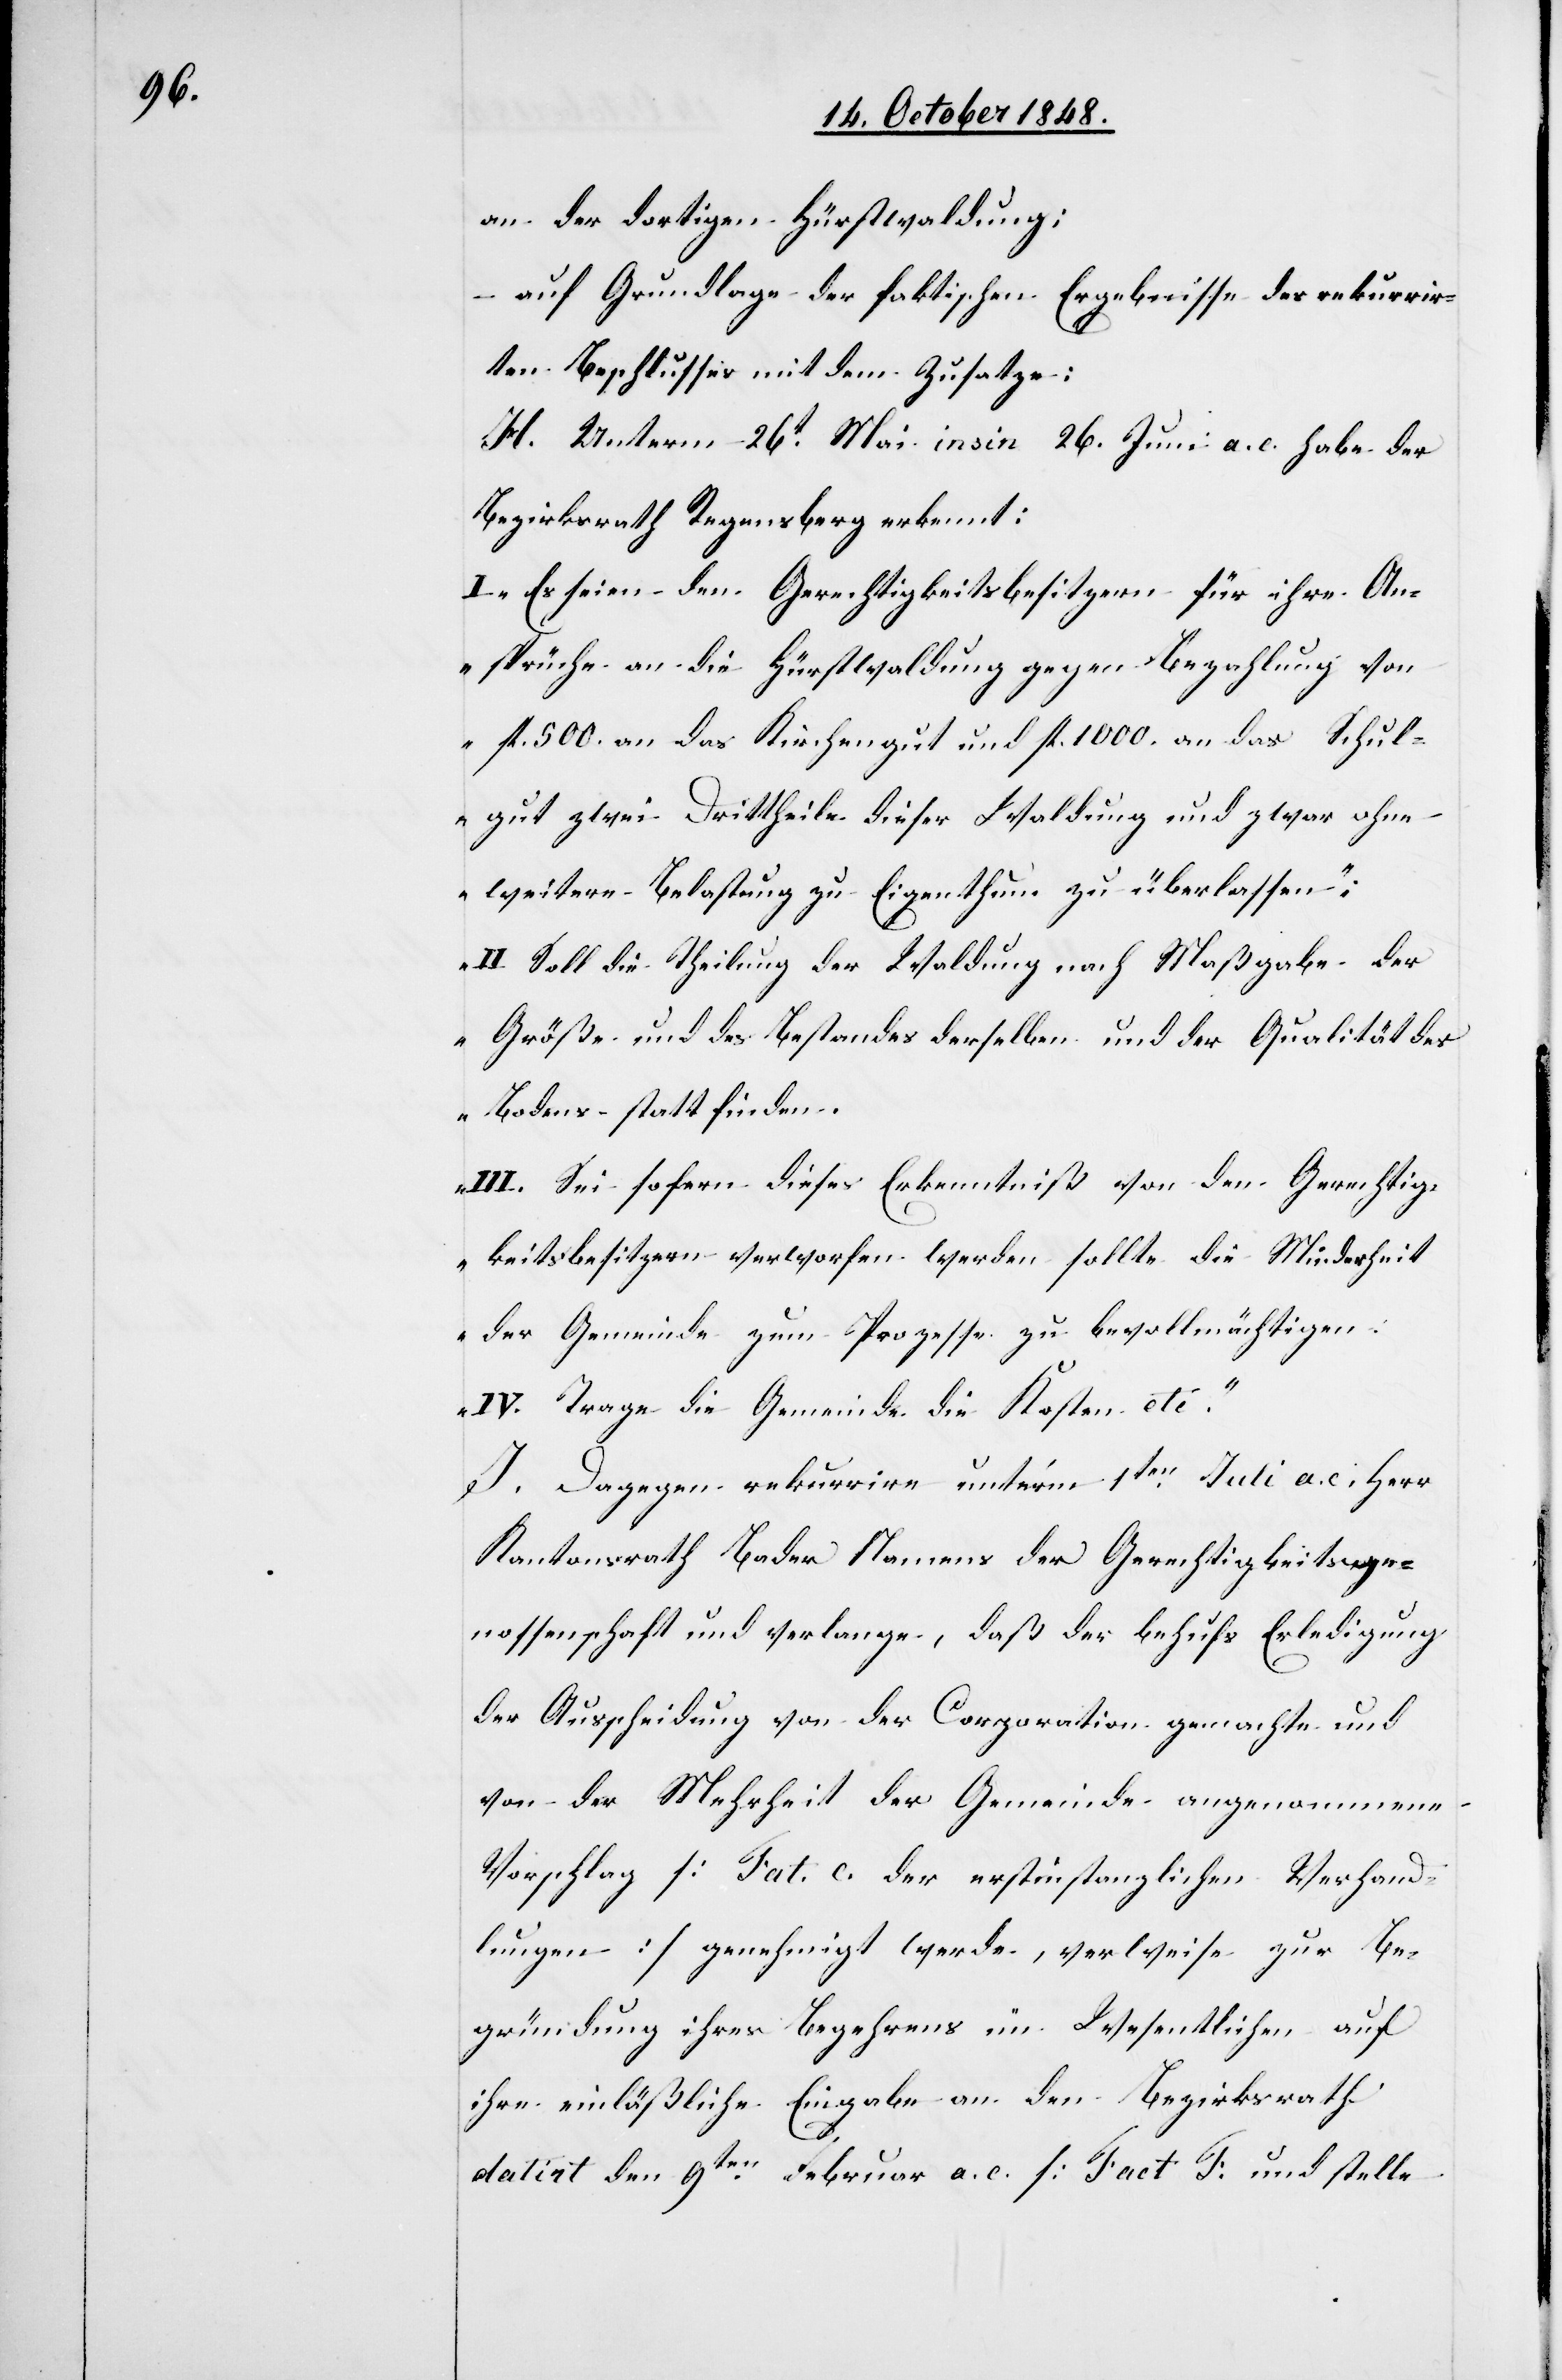
an der dortigen Hürstwaldung:
auf Grundlage der faktischen Ergebnisse des rekurrir¬
ten Beschlusses mit dem Zusatze:
H. Unterm 26t Mai insin 26. Juni a. c. habe der
Bezirksrath Regensberg erkennt:
I. „Es seien den Gerechtigkeitsbesitzern für ihre An¬
sprüche an die Hürstwaldung gegen Bezahlung von
fl. 500. an das Kirchengut und fl. 1000. an das Schul¬
gut zwei Drittheile dieser Waldung und zwar ohne
weitere Belastung zu Eigenthum zu überlassen;
II. Soll die Theilung der Waldung nach Maßgabe der
Größe und des Bestandes derselben und der Qualität des
Bodens – statt finden.
III. Sei sofern dieses Erkenntniß von den Gerechtig¬
keitsbesitzern verworfen werden sollte die Minderheit
der Gemeinde zum Prozesse zu bevollmächtigen;
IV. Trage die Gemeinde die Kosten etc.“
J. Dagegen rekurrire unter’m 1ten Juni a. c. Herr
Kantonsrath Bader Namens der Gerechtigkeitsge¬
nossenschaft und verlange, daß der behufs Erledigung
der Ausscheidung von der Corporation gemachte und
von der Mehrheit der Gemeinde angenommene
Vorschlag [Fact. c. der erstinstanzlichen Verhand¬
lungen] genehmigt werde, verweise zur Be¬
gründung ihres Begehrens im Wesentlichen auf
ihre einläßliche Eingabe an den Bezirksrath
datirt den 9ten Februar a. c. [Fact. T[]] und stelle